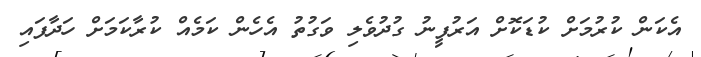
އެކަން ކުރުމަށް ކުޑަކޮށް އަރުފީނު ގުދުވެލި ވަގުތު އެހެން ކަމެއް ކުރާކަމަށް ހަދާފައި